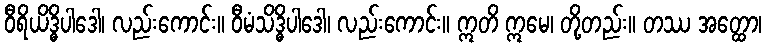
ဝီရိယိဒ္ဓိပါဒေါ၊ လည်းကောင်း။ ဝီမံသိဒ္ဓိပါဒေါ၊ လည်းကောင်း။ ဣတိ ဣမေ၊ တို့တည်း။ တဿ အတ္ထော၊